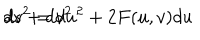
d s ^ { 2 } = d u ^ { 2 } + 2 F ( u , v ) d u \hspace { 0 . 1 c m } d v + d v ^ { 2 }